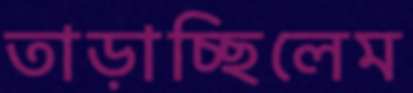
তাড়াচ্ছিলেম